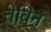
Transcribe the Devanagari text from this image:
चेविन